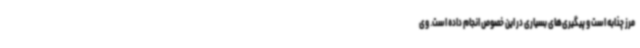
مرز چذابه است و پیگیری‌های بسیاری در این خصوص انجام داده است. وی